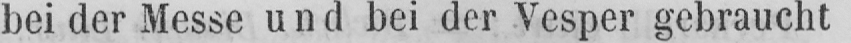
bei der Messe und bei der Vesper gebraucht